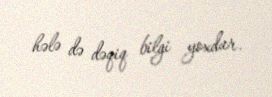
hələ də dəqiq bilgi yoxdur.